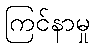
ကြင်နာမှု